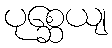
ပုစ္ဆေယျ